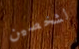
لشخصين